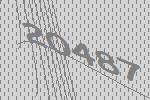
20487